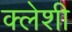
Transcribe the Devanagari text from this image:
क्लेशी